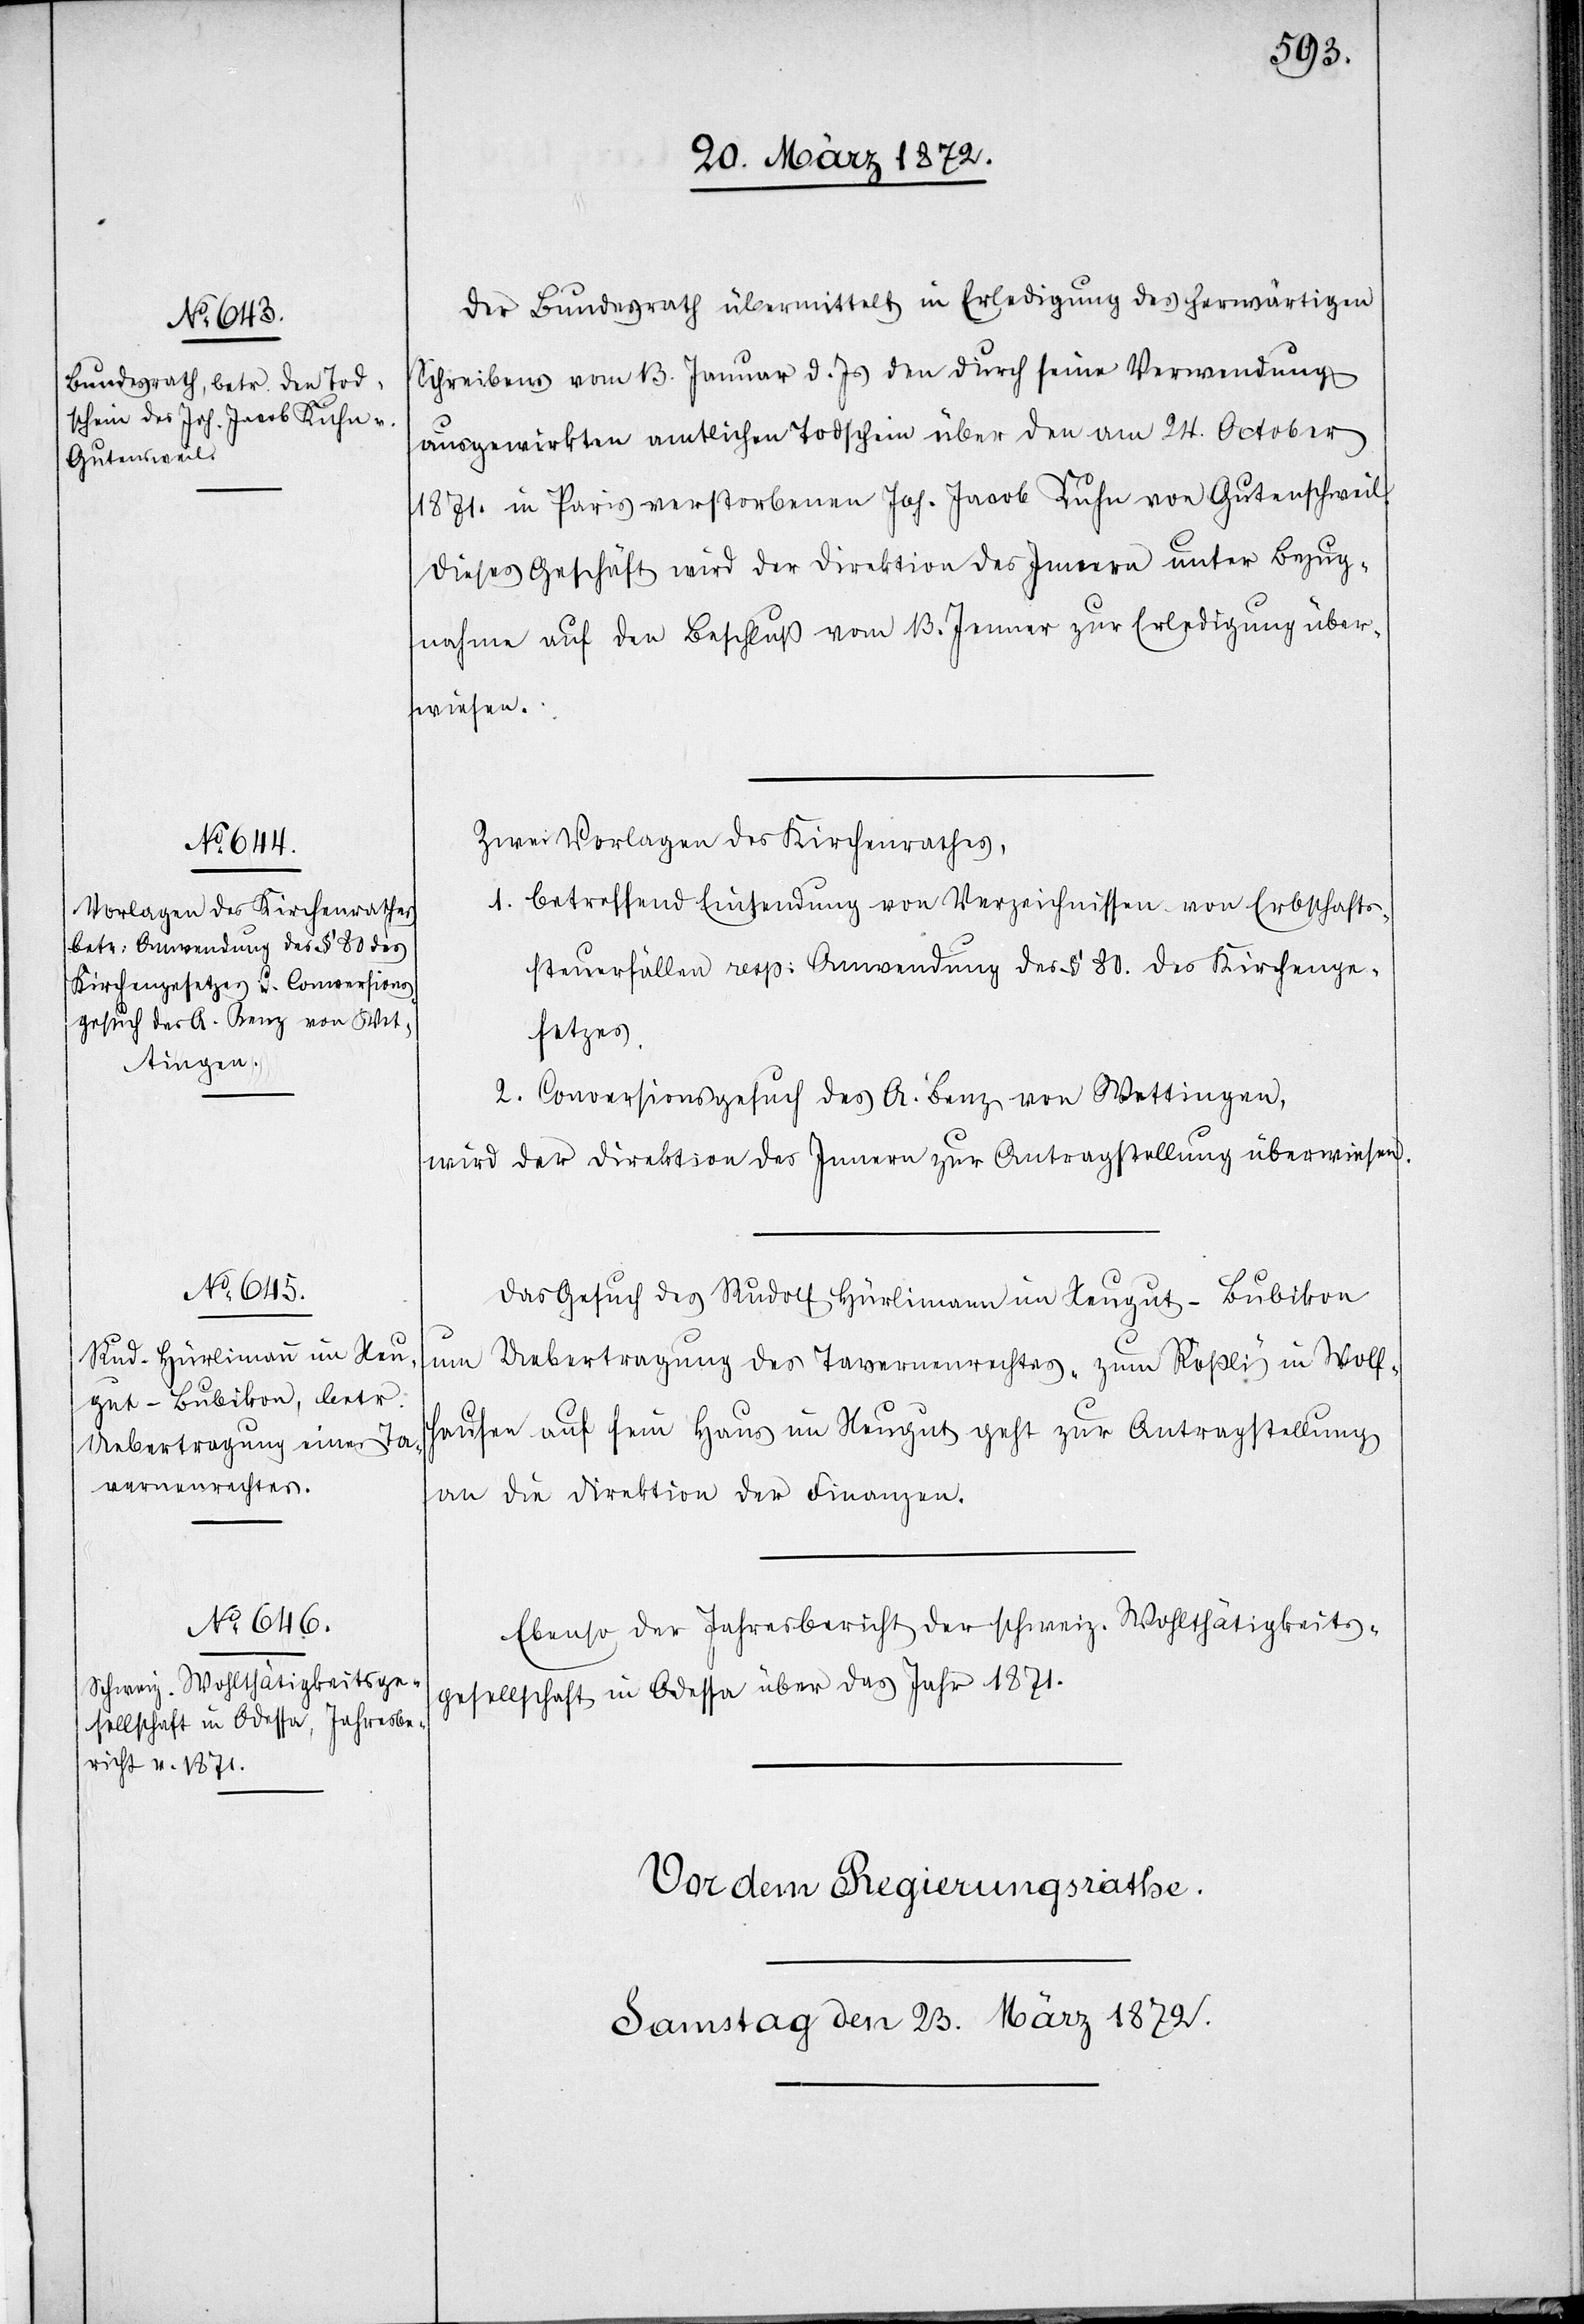
Der Bundesrath übermittelt in Erledigung des herwärtigen
Schreibens vom 13. Januar d. Js den durch seine Verwendung
ausgewirkten amtlichen Todschein über den am 24. October
1871. in Paris verstorbenen Joh. Jacob Kuhn von Gutenschweil
Dieses Geschäft wird der Direktion des Innern unter Bezug¬
nahme auf den Beschluß vom 13. Jenner zur Erledigung über¬
wiesen.
Zwei Vorlagen des Kirchenrathes,
1. betreffend Einsendung von Verzeichnissen von Erbschafts¬
steuerfällen resp: Anwendung des § 80. des Kirchenge¬
setzes.
2. Conversionsgesuch des A. Benz von Wettingen,
[sic!] der Direktion des Innern zur Antragstellung überwiesen.
Das Gesuch des Rudolf Hürlimann im Neugut-Bubikon
um Uebertragung des Tavernenrechtes „zum Rößli“ in Wolfh¬
ausen auf sein Haus im Neugut geht zur Antragstellung
an die Direktion der Finanzen.
Ebenso der Jahresbericht der schweiz. Wohltätigkeits¬
gesellschaft in Odessa über das Jahr 1871.